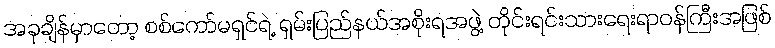
အခုချိန်မှာတော့ စစ်ကော်မရှင်ရဲ့ ရှမ်းပြည်နယ်အစိုးရအဖွဲ့ တိုင်းရင်းသားရေးရာဝန်ကြီးအဖြစ်